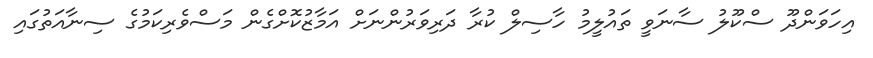
އިހަވަންދޫ ސްކޫލު ސާނަވީ ތައުލީމު ހާސިލް ކުރާ ދަރިވަރުންނަށް އަމާޒުކޮށްގެން މަސްވެރިކަމުގެ ސިނާއަތުގައި